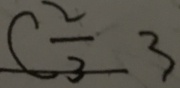
C \frac { 2 } { 3 } 3